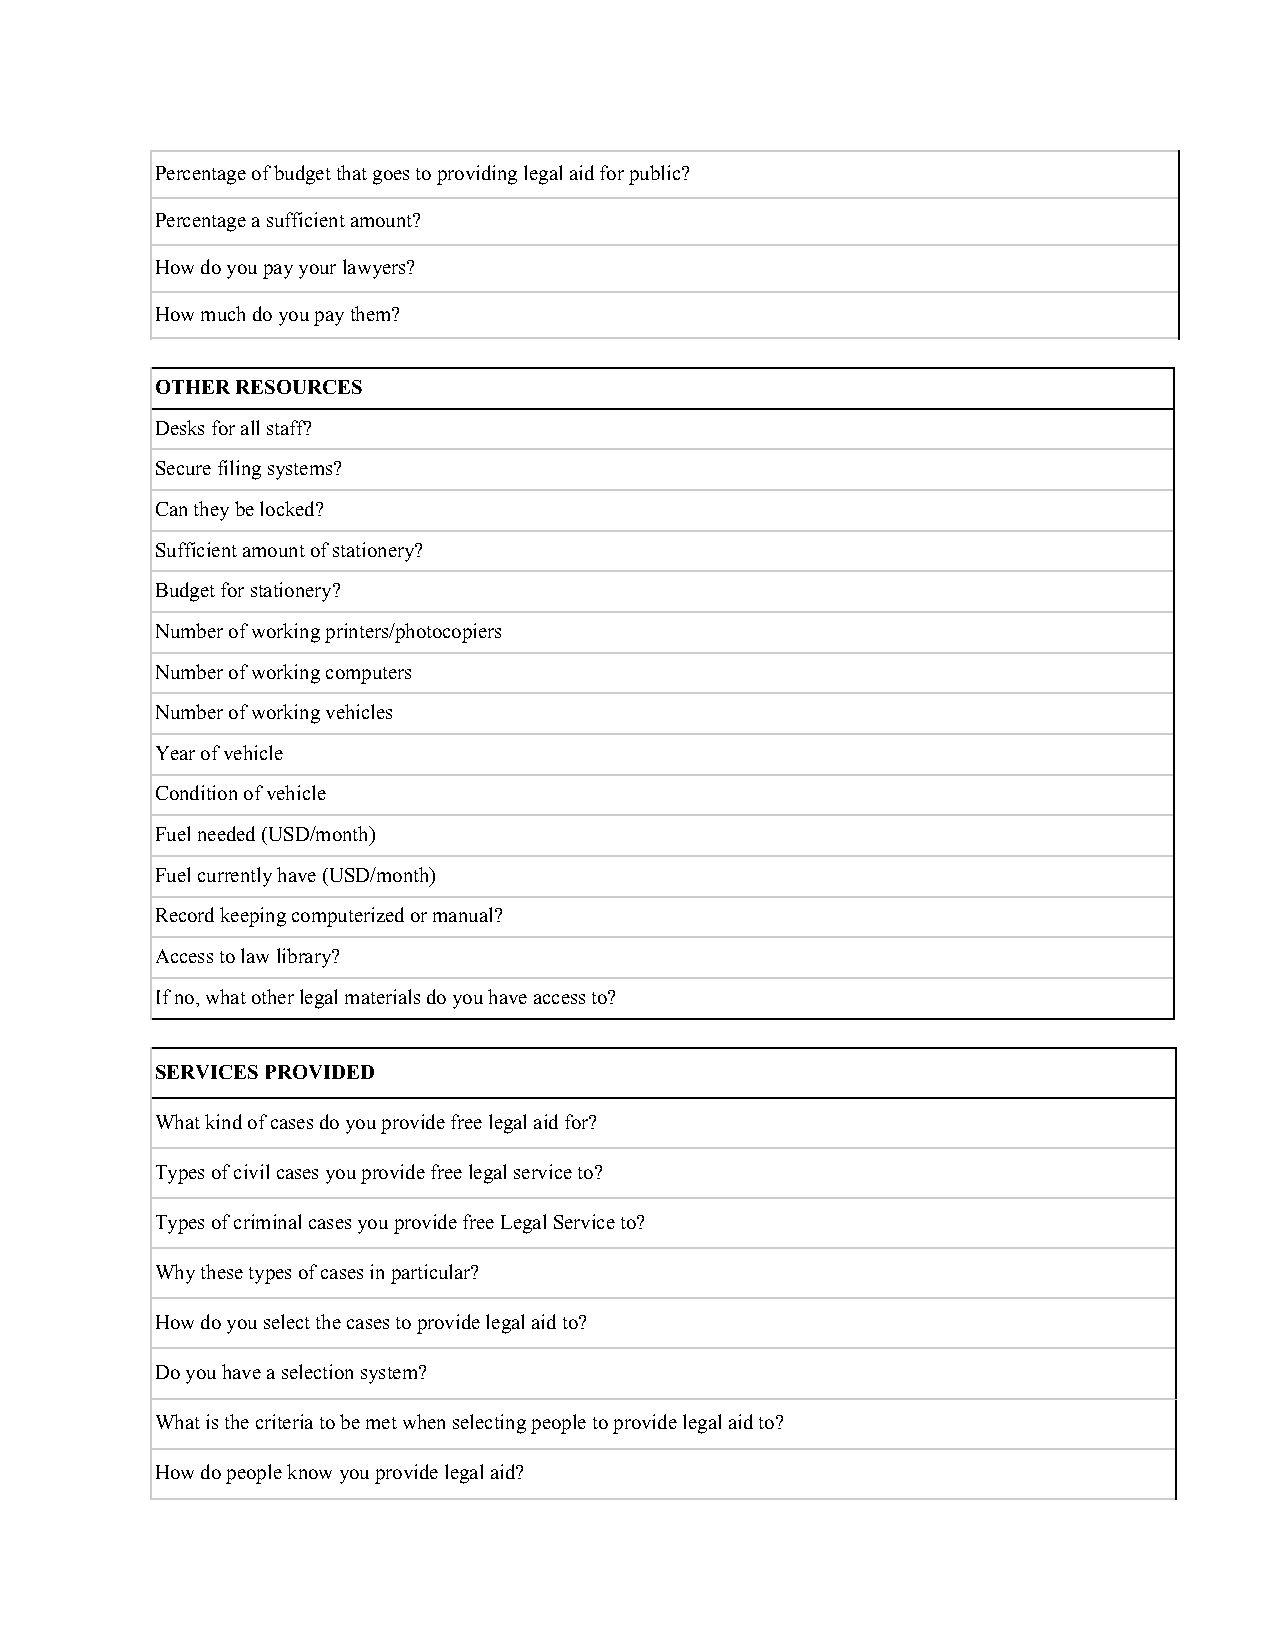
Percentage of budget that goes to providing legal aid for public?
 Percentage a sufficient amount?
 How do you pay your lawyers?
 How much do you pay them?
 OTHER RESOURCES
 Desks for all staff?
 Secure filing systems?
 Can they be locked?
 Sufficient amount of stationery?
 Budget for stationery?
 Number of working printers/photocopiers
 Number of working computers
 Number of working vehicles
 Year of vehicle
 Condition of vehicle
 Fuel needed (USD/month)
 Fuel currently have (USD/month)
 Record keeping computerized or manual?
 Access to law library?
 If no, what other legal materials do you have access to?
 SERVICES PROVIDED
 What kind of cases do you provide free legal aid for?
 Types of civil cases you provide free legal service to?
 Types of criminal cases you provide free Legal Service to?
 Why these types of cases in particular?
 How do you select the cases to provide legal aid to?
 Do you have a selection system?
 What is the criteria to be met when selecting people to provide legal aid to?
 How do people know you provide legal aid?